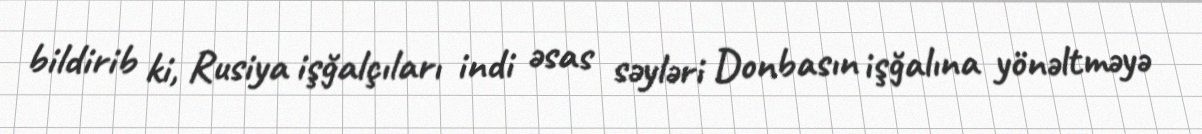
bildirib ki, Rusiya işğalçıları indi əsas səyləri Donbasın işğalına yönəltməyə